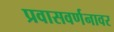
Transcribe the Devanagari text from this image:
प्रवासवर्णनावर